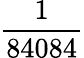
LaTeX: \frac{1}{84084}